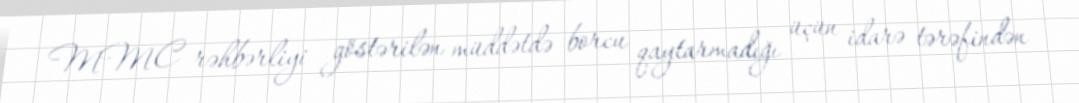
MMC rəhbərliyi göstərilən müddətdə borcu qaytarmadığı üçün idarə tərəfindən